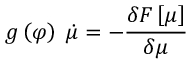
g \left( \varphi \right) \; \dot { \mu } = - \frac { \delta { \cal F } \left[ \mu \right] } { \delta \mu }